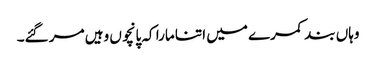
وہاں بند کمرے میں اتنا مارا کہ پانچوں وہیں مر گئے۔